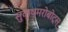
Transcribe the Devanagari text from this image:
सुक्ष्मरोबोट्स्